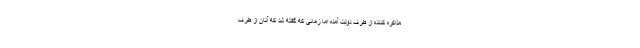
مذاکره کننده از طرف دولت آمده اما زمانی که گفته شد که آنان از طرف